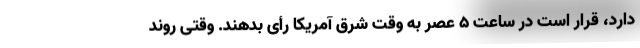
دارد، قرار است در ساعت ۵ عصر به وقت شرق آمریکا رأی بدهند. وقتی روند